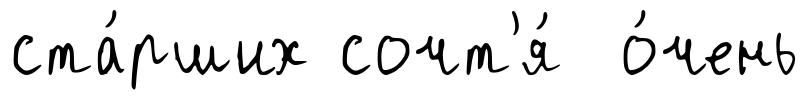
ста́рших сочт'я́ о́чень